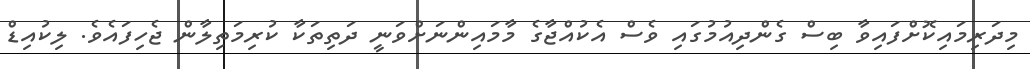
މިދަރިމައިކޮށްފައިވާ ބިސް ގެންދިއުމުގައި ވެސް އެކުއްޖާގެ މާމައިންނަށްވަނީ ދަތިތަކާ ކުރިމަތިލާން ޖެހިފައެވެ. ލިކުއިޑް